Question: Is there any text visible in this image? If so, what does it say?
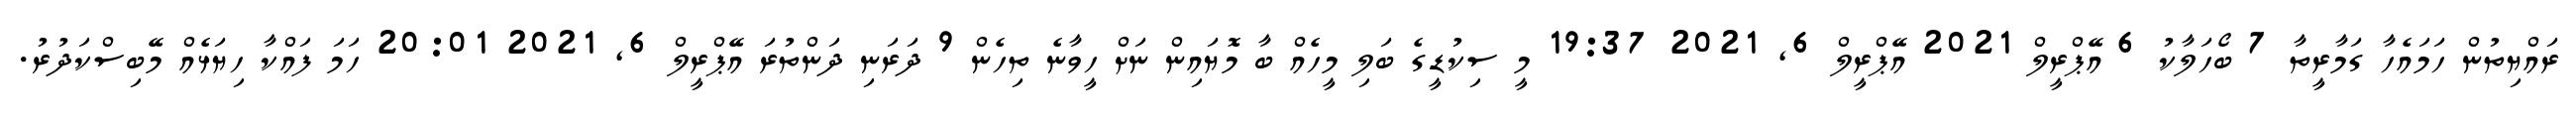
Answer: ރައްޔިތުން ހަމައެހާ ގަމާރީތާ 7 ބޯހަލާކު 6 އޭޕްރީލް 2021 އޭޕްރީލް 6, 2021 19:37 މީ ސިކުޑީގެ ބަލި މީހެއް ބާ މޮޔައިން ނަށް ހީވާނެ ތިހެން 9 ދަރަނި ދަންތުރަ އޭޕްރީލް 6, 2021 20:01 ހަމަ ފައްކާ ހިޔަޅެއް މޭބިސްކަދުރު.